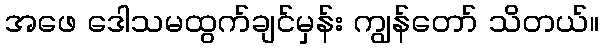
အဖေ ဒေါသမထွက်ချင်မှန်း ကျွန်တော် သိတယ်။